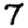
Digit: 7